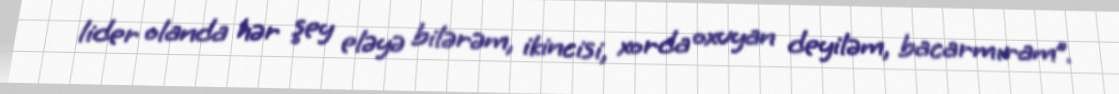
lider olanda hər şey eləyə bilərəm, ikincisi, xorda oxuyan deyiləm, bacarmıram”.